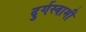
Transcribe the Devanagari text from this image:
दुर्गस्वामी